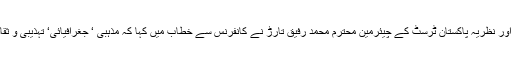
تحریک پاکستان کے مخلص کارکن‘ سابق صدر مملکت اور نظریۂ پاکستان ٹرسٹ کے چیئرمین محترم محمد رفیق تارڑ نے کانفرنس سے خطاب میں کہا کہ مذہبی ‘ جغرافیائی‘ تہذیبی و ثقافتی غرضیکہ ہر لحاظ سے کشمیر پاکستان کا حصہ ہے۔